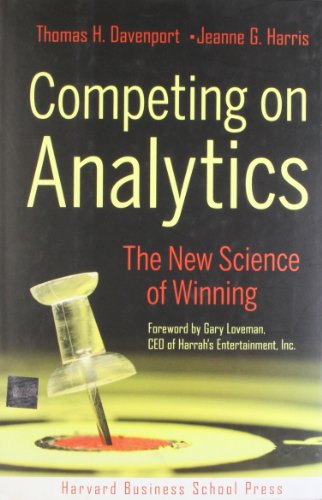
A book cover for Competing on Analytics: The New Science of Winning; Thomas H. Davenport; Politics & Social Sciences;